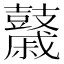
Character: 𪔯